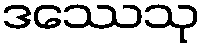
ဒဿေသု